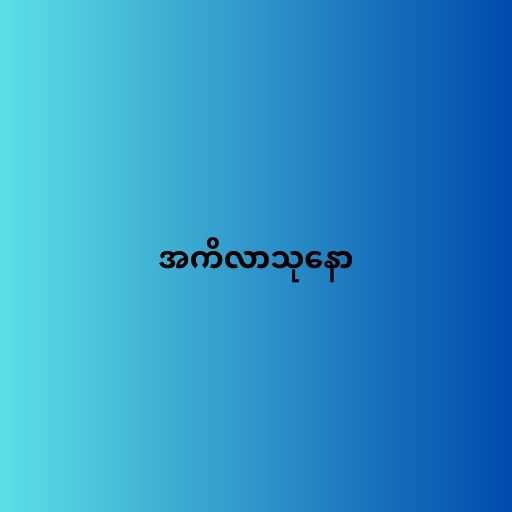
အကိလာသုနော